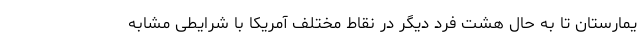
یمارستان تا به حال هشت فرد دیگر در نقاط مختلف آمریکا با شرایطی مشابه